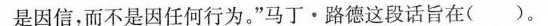
是因信，而不是因任何行为。”马丁·路德这段话旨在()。